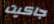
جاكيت